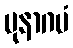
ပုနာဂမံ